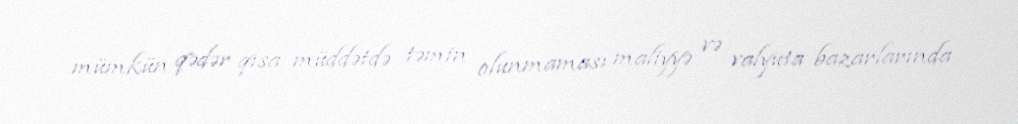
mümkün qədər qısa müddətdə təmin olunmaması maliyyə və valyuta bazarlarında